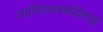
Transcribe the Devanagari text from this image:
जातिव्यवस्थेविरुद्ध